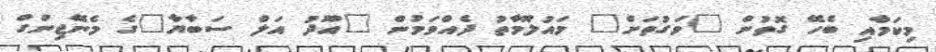
މިކަމާއި ބެހޭ ގޮތުން "ވަގުތަށް" މައުލޫމާތު ދެއްވަމުން "އޫދު އަލް ސަބާޔާ"ގެ މެނޭޖިންގް